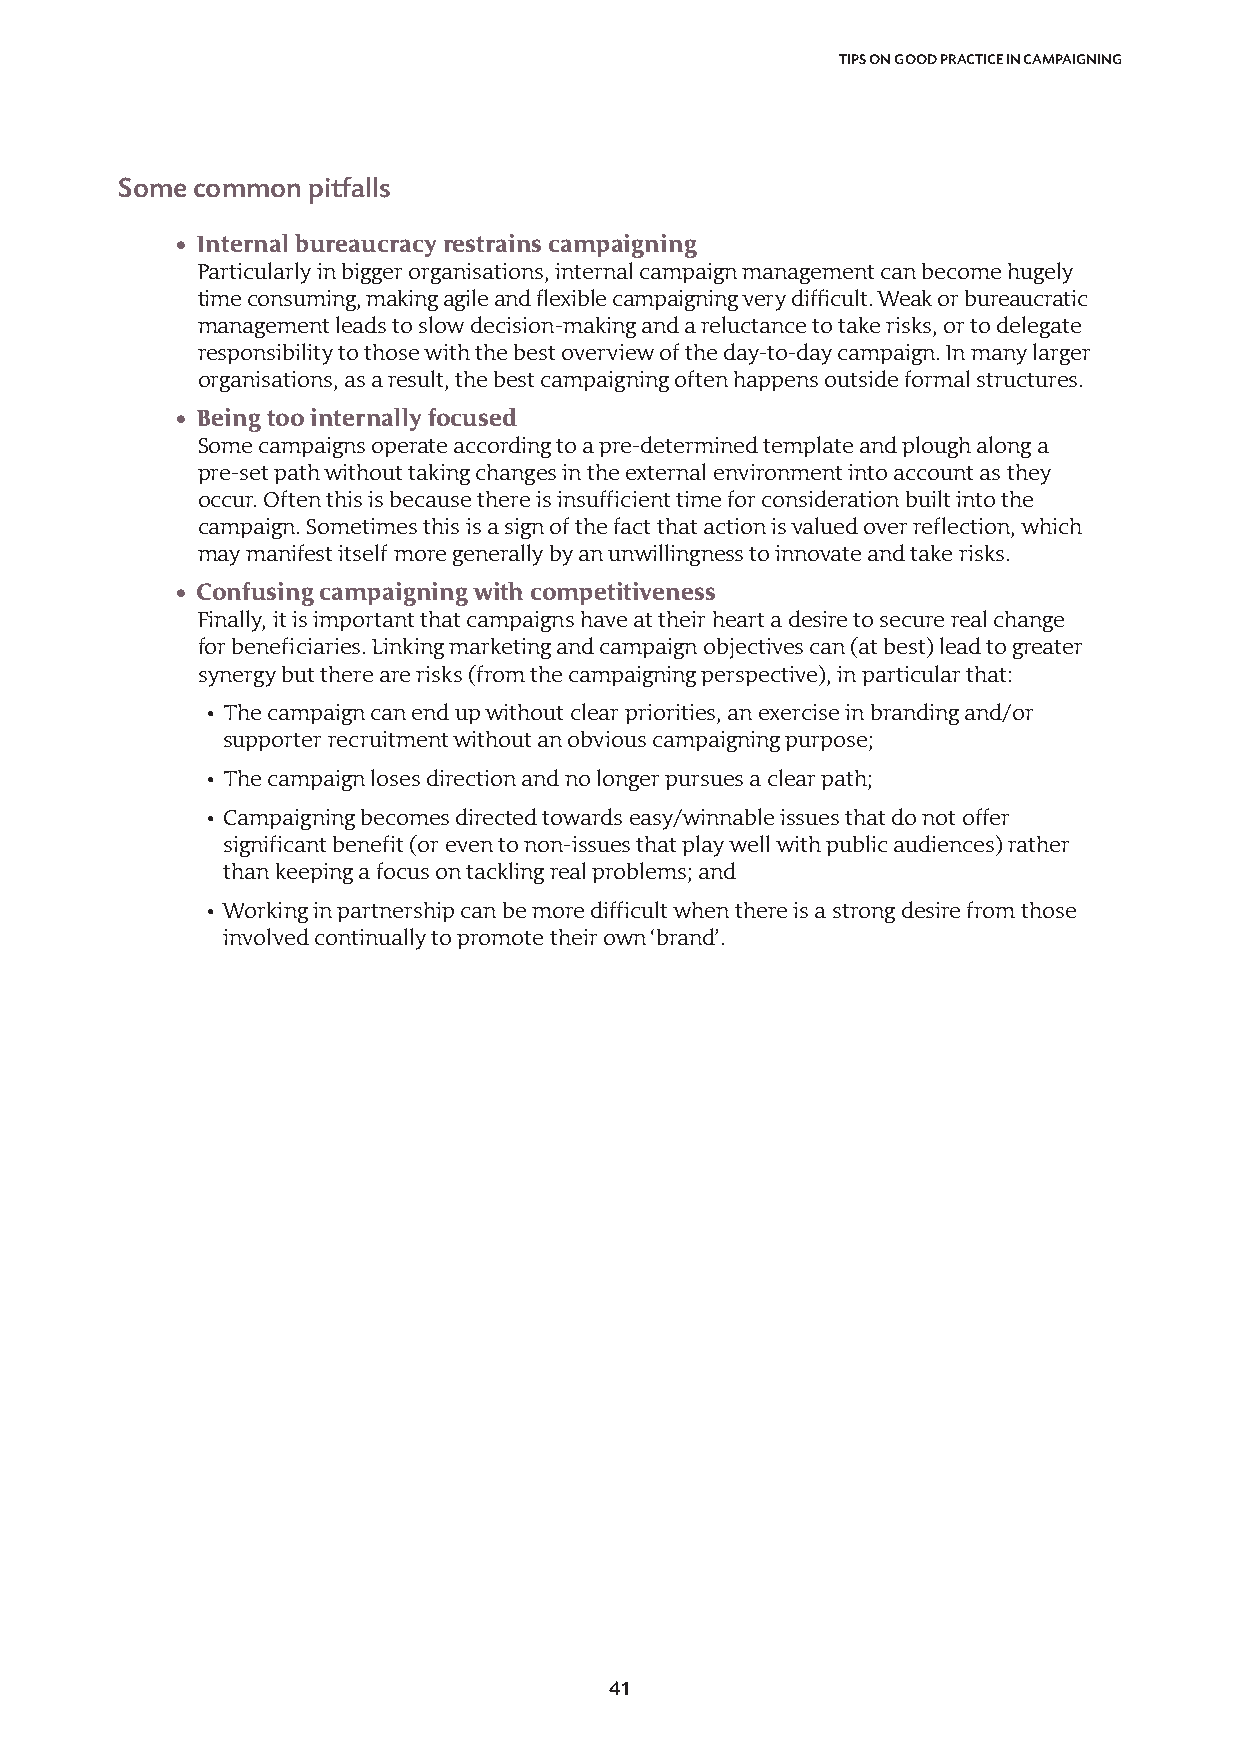
TIPS ON GOOD PRACTICE IN CAMPAIGNING
 Some common pitfalls
 • Internal bureaucracy restrains campaigning
 Particularly in bigger organisations, internal campaign management can become hugely
 time consuming, making agile and flexible campaigning very difficult. Weak or bureaucratic
 management leads to slow decision-making and a reluctance to take risks, or to delegate
 responsibility to those with the best overview of the day-to-day campaign. In many larger
 organisations, as a result, the best campaigning often happens outside formal structures.
 • Being too internally focused
 Some campaigns operate according to a pre-determined template and plough along a
 pre-set path without taking changes in the external environment into account as they
 occur. Often this is because there is insufficient time for consideration built into the
 campaign. Sometimes this is a sign of the fact that action is valued over reflection, which
 may manifest itself more generally by an unwillingness to innovate and take risks.
 • Confusing campaigning with competitiveness
 Finally, it is important that campaigns have at their heart a desire to secure real change
 for beneficiaries. Linking marketing and campaign objectives can (at best) lead to greater
 synergy but there are risks (from the campaigning perspective), in particular that:
 • The campaign can end up without clear priorities, an exercise in branding and/or
 supporter recruitment without an obvious campaigning purpose;
 • The campaign loses direction and no longer pursues a clear path;
 • Campaigning becomes directed towards easy/winnable issues that do not offer
 significant benefit (or even to non-issues that play well with public audiences) rather
 than keeping a focus on tackling real problems; and
 • Working in partnership can be more difficult when there is a strong desire from those
 involved continually to promote their own ‘brand’.
 41